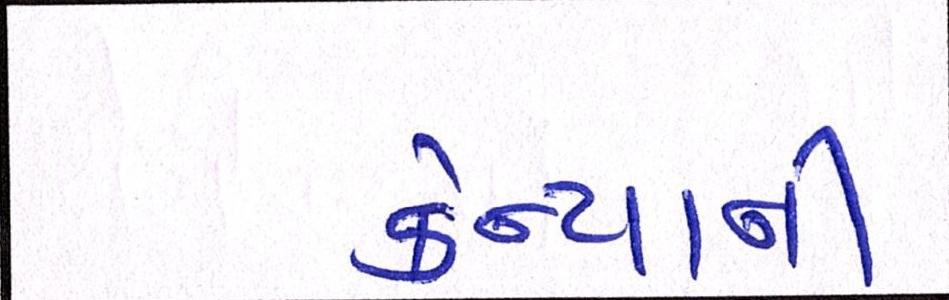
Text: કેન્યાની